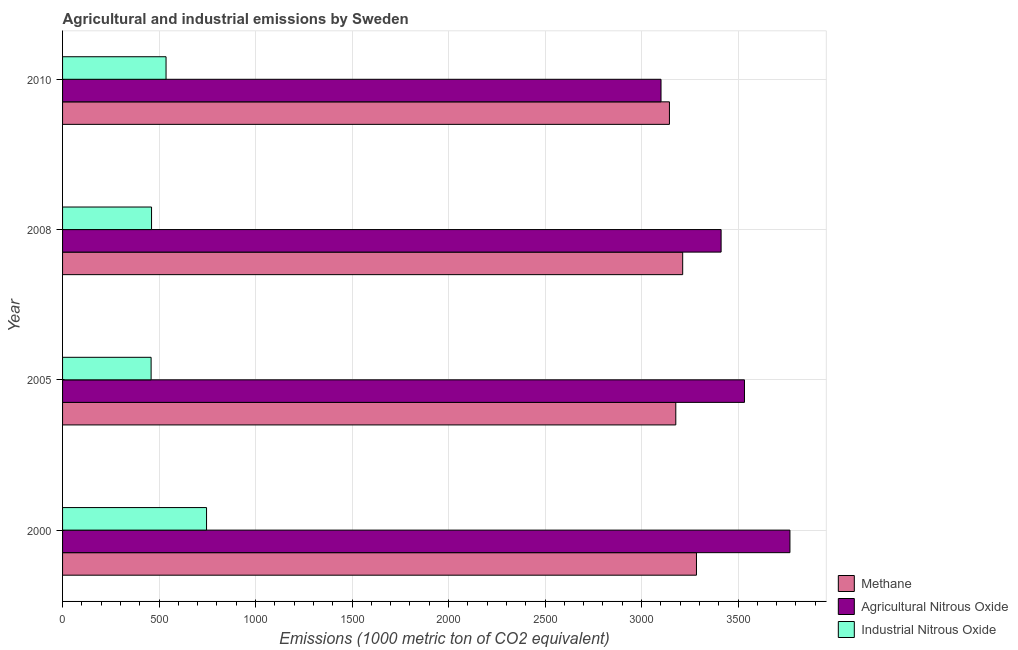
| Year | Methane | Agricultural Nitrous Oxide | Industrial Nitrous Oxide |
 | --- | --- | --- | --- |
 | 2000 | 3.28e+03 | 3.77e+03 | 746 |
 | 2005 | 3.18e+03 | 3.53e+03 | 459 |
 | 2008 | 3.21e+03 | 3.41e+03 | 461 |
 | 2010 | 3.14e+03 | 3.1e+03 | 536 |